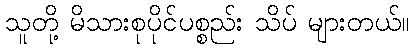
သူတို့ မိသားစုပိုင်ပစ္စည်း သိပ် များတယ်။